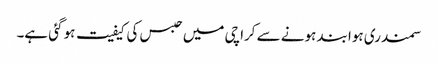
سمندری ہوا بند ہونے سے کراچی میں حبس کی کیفیت ہو گئی ہے۔